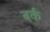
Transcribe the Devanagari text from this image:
बर्कं